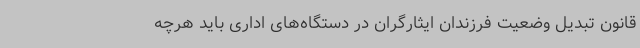
قانون تبدیل وضعیت فرزندان ایثارگران در دستگاه‌های اداری باید هرچه